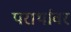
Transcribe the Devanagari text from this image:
परार्थावर